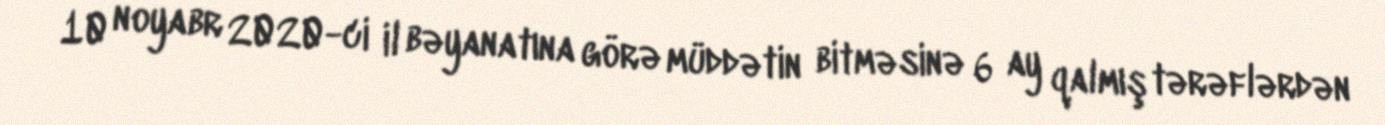
10 noyabr 2020-ci il bəyanatına görə müddətin bitməsinə 6 ay qalmış tərəflərdən